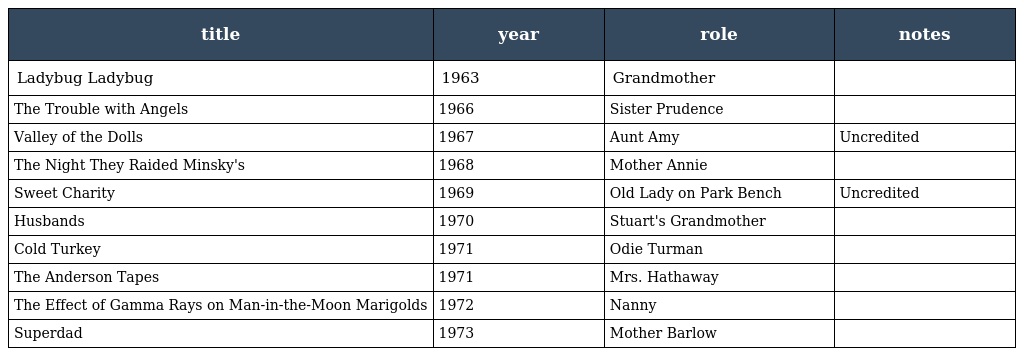
| title | year | role | notes |
 | --- | --- | --- | --- |
 | Ladybug Ladybug | 1963 | Grandmother |  |
 | The Trouble with Angels | 1966 | Sister Prudence |  |
 | Valley of the Dolls | 1967 | Aunt Amy | Uncredited |
 | The Night They Raided Minsky's | 1968 | Mother Annie |  |
 | Sweet Charity | 1969 | Old Lady on Park Bench | Uncredited |
 | Husbands | 1970 | Stuart's Grandmother |  |
 | Cold Turkey | 1971 | Odie Turman |  |
 | The Anderson Tapes | 1971 | Mrs. Hathaway |  |
 | The Effect of Gamma Rays on Man-in-the-Moon Marigolds | 1972 | Nanny |  |
 | Superdad | 1973 | Mother Barlow |  |